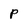
Character: P